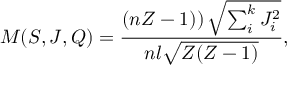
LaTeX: M ( S , J , Q ) = \frac { \left( n Z - 1 ) \right) \sqrt { \sum _ { i } ^ { k } J _ { i } ^ { 2 } } } { n l \sqrt { Z ( Z - 1 ) } } ,